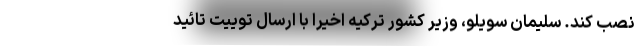
نصب کند. سلیمان سویلو، وزیر کشور ترکیه اخیرا با ارسال توییت تائید